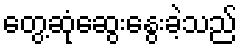
တွေ့ဆုံဆွေးနွေးခဲ့သည်